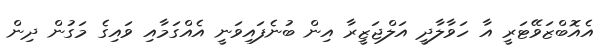
އެއޮބްޒަވޭޓަރީ އާ ހަވާލާދީ އަލްޖަޒީރާ އިން ބުނެފައިވަނީ އެއްގަމާއި ވައިގެ މަގުން ދިން